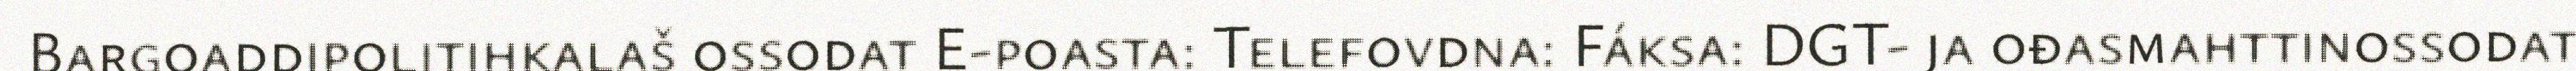
Bargoaddipolitihkalaš ossodat E-poasta: Telefovdna: Fáksa: DGT- ja ođasmahttinossodat